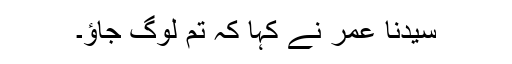
سیدنا عمرؓ نے کہا کہ تم لوگ جاؤ۔